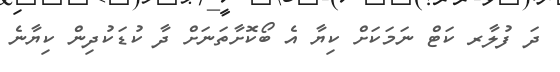
ދަ ފުލާރ ކަޓް ނަމަކަށް ކިޔާ އެ ބޯކޮށާތަނަށް ދާ ކުޑަކުދިން ކިޔާނެ